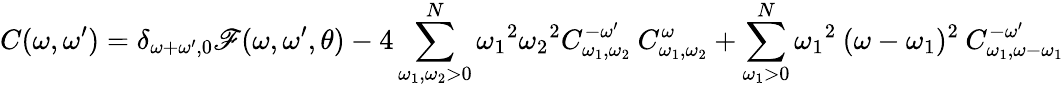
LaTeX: C(\omega,\omega^{\prime})=\delta_{{\omega+\omega^{\prime}},0}\mathscr{F}(\omega,\omega^{\prime},\theta)-4\sum_{\omega_{1},\omega_{2}>0}^{N}{\omega_{1}}^{2}{\omega_{2}}^{2}C_{\omega_{1},\omega_{2}}^{-\omega^{\prime}}\: C_{\omega_{1},\omega_{2}}^{\omega}+\sum_{\omega_{1}>0}^{N}{\omega_{1}}^{2}\: (\omega-\omega_{1})^{2}\: C_{\omega_{1},\omega-\omega_{1}}^{-\omega^{\prime}}